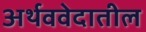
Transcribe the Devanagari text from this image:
अर्थववेदातील